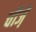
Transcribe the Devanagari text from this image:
चीजे़ं